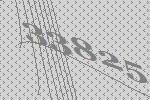
33825